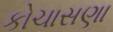
કોચાસણા